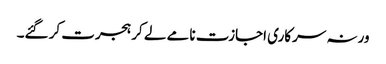
ورنہ سرکاری اجازت نامے لے کر ہجرت کر گئے۔